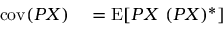
\begin{array} { r l } { \operatorname { c o v } ( P X ) } & { { } = \operatorname { E } [ P X ~ ( P X ) ^ { * } ] } \end{array}